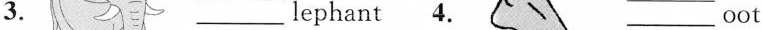
3. ___ lephant 4. ___ oot